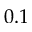
0 . 1